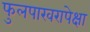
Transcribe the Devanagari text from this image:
फुलपाखरापेक्षा